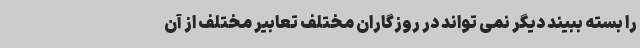
را بسته ببیند دیگر نمی تواند در روزگاران مختلف تعابیر مختلف از آن